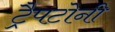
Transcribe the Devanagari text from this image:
ट्रैपटोनी